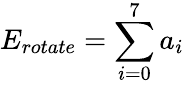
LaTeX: E_{rotate}=\sum_{i=0}^{7}a_{i}